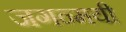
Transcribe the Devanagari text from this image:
जगन्मयी